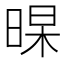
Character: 𣈁